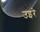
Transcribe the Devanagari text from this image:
उइरे